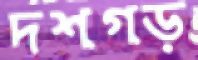
দশগড়